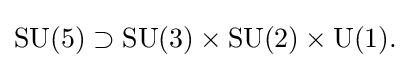
{\rm {SU(5)\supset SU(3)\times SU(2)\times U(1).}}